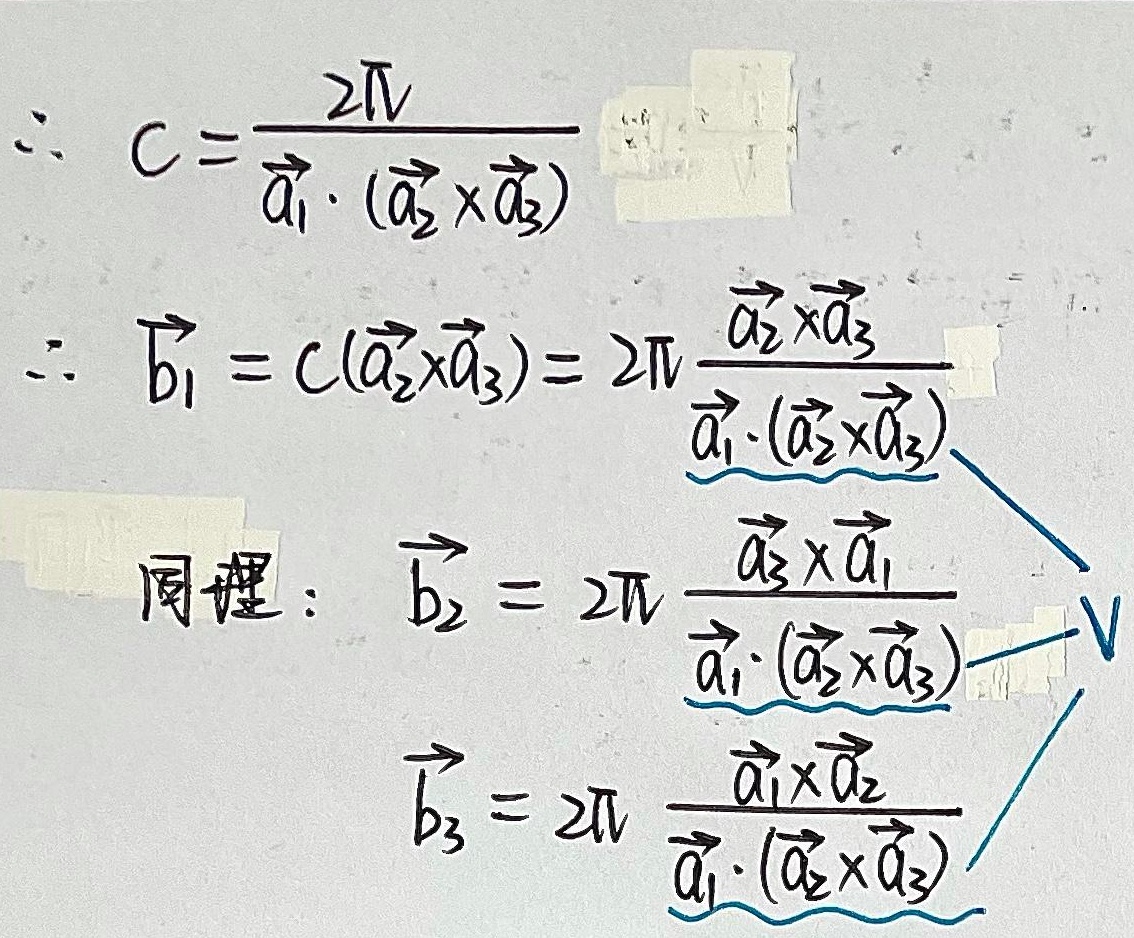
\[\begin{align*}
\therefore C&=\frac{2\pi V}{\vec{a}_1\cdot(\vec{a}_2\times\vec{a}_3)}\\
\therefore \vec{b}_1&=C(\vec{a}_2\times\vec{a}_3)=2\pi\frac{\vec{a}_2\times\vec{a}_3}{\vec{a}_1\cdot(\vec{a}_2\times\vec{a}_3)}\\
\end{align*}\]
同理：
\[\begin{align*}
\vec{b}_2&=2\pi\frac{\vec{a}_3\times\vec{a}_1}{\vec{a}_1\cdot(\vec{a}_2\times\vec{a}_3)}\\
\vec{b}_3&=2\pi\frac{\vec{a}_1\times\vec{a}_2}{\vec{a}_1\cdot(\vec{a}_2\times\vec{a}_3)}
\end{align*}\]